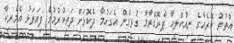
އުތުރު ކޮރެއާގެ ނިއުކްލިއާ ޕްރޮގްރާމާ ގުޅިގެން އެގައުމާ ދެކޮޅަށް ދަތިކުރުމުގެ ފިޔަވަޅު އެމެރިކާ